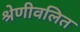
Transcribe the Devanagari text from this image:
श्रेणीवलित